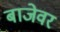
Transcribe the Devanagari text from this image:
बाजेवर